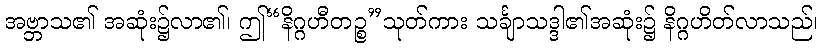
အဗ္ဘာသ၏ အဆုံး၌လာ၏၊ ဤ“နိဂ္ဂဟီတဉ္စ”သုတ်ကား သင်္ချာသဒ္ဒါ၏အဆုံး၌ နိဂ္ဂဟိတ်လာသည်၊